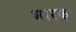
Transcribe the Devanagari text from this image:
भारक